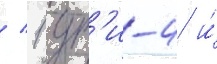
/ 1 ут'и-4 и́